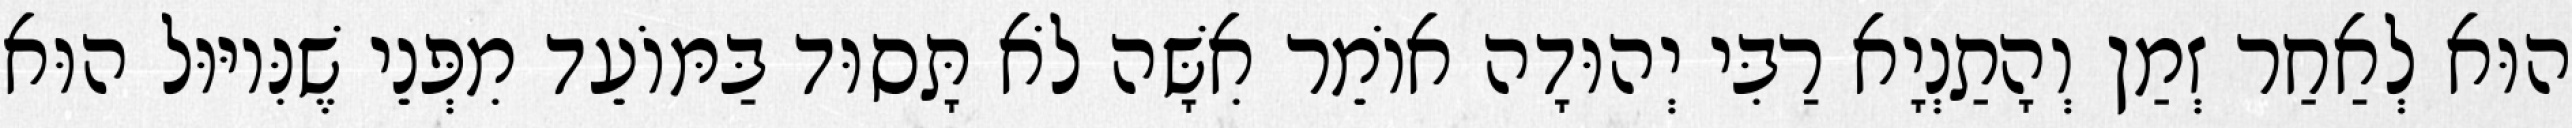
הוּא לְאַחַר זְמַן וְהָתַנְיָא רַבִּי יְהוּדָה אוֹמֵר אִשָּׁה לֹא תָּסוּד בַּמּוֹעֵד מִפְּנֵי שֶׁנִּיוּוּל הוּא